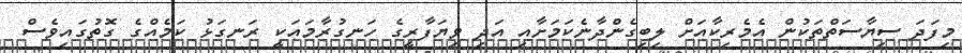
މިފަދަ ސިޔާސަތްތަކުން އެމެރިކާއަށް ލިބިގެންދާނެކަމަށާއި އަދި ވިޔަފާރީގެ ހަނގުރާމައަކީ ރަނގަޅު ކަމެއްގެ ގޮތުގައިވެސް